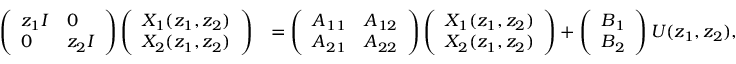
\begin{array} { r l } { \left( \begin{array} { l l } { z _ { 1 } \boldsymbol { I } } & { 0 } \\ { 0 } & { z _ { 2 } \boldsymbol { I } } \end{array} \right) \left( \begin{array} { l } { X _ { 1 } ( z _ { 1 } , z _ { 2 } ) } \\ { X _ { 2 } ( z _ { 1 } , z _ { 2 } ) } \end{array} \right) } & { = \left( \begin{array} { l l } { \boldsymbol { A } _ { 1 1 } } & { \boldsymbol { A } _ { 1 2 } } \\ { \boldsymbol { A } _ { 2 1 } } & { \boldsymbol { A } _ { 2 2 } } \end{array} \right) \left( \begin{array} { l } { X _ { 1 } ( z _ { 1 } , z _ { 2 } ) } \\ { X _ { 2 } ( z _ { 1 } , z _ { 2 } ) } \end{array} \right) + \left( \begin{array} { l } { \boldsymbol { B } _ { 1 } } \\ { \boldsymbol { B } _ { 2 } } \end{array} \right) U ( z _ { 1 } , z _ { 2 } ) , } \end{array}